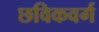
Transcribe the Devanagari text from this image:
छविकवर्ग